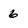
Character: 6